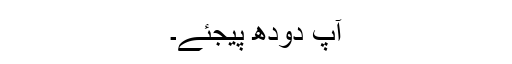
آپ دودھ پیجئے۔